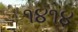
૧૪૧૪